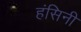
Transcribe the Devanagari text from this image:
हंसिनी